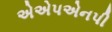
એએપએનપી